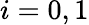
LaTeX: i=0,1